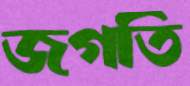
জগতি